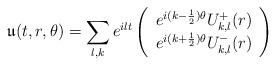
LaTeX: \begin{align*}\mathfrak{u}(t,r,\theta)=\sum_{l,k}e^{ilt}\left( \begin{array}{c}e^{i(k-\frac{1}{2})\theta}U^+_{k,l}(r)\\e^{i(k+\frac{1}{2})\theta}U^-_{k,l}(r)\end{array} \right)\end{align*}